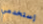
إستخدمي